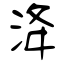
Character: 洚